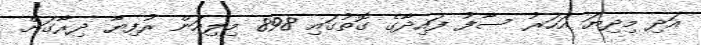
އަދި މިދިޔަ އަހަރު ސާފު ފައިދާގެ ގޮތުގައި 898 މިލިއަން ރުފިޔާ ދިރާގަށް